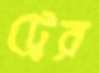
ট্রের